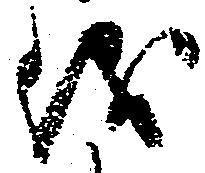
儀